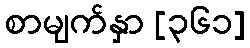
စာမျက်နှာ [၃၆၁]